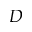
D